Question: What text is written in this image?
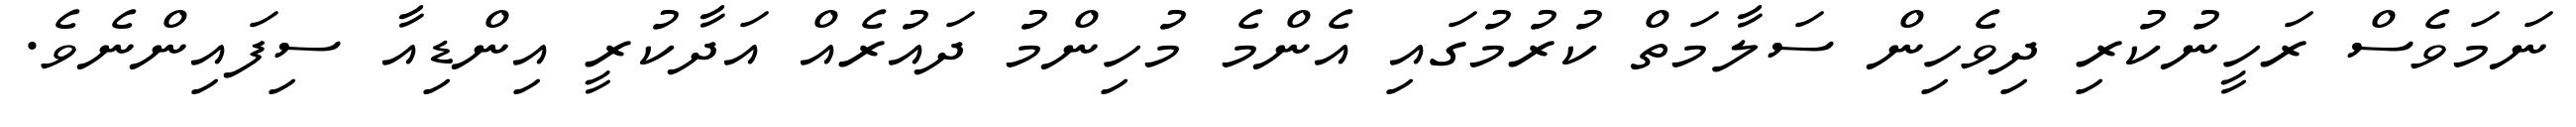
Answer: ނަމަވެސް ރަހީނުކުރި ދިވެހިން ސަލާމަތް ކުރުމުގައި އެންމެ މުހިންމު ދައުރެއް އަދާކުރީ އިންޑިއާ ސިފައިންނެވެ.